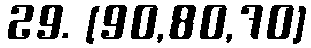
29. [90,80,70]